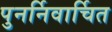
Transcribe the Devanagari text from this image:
पुनर्निवार्चित